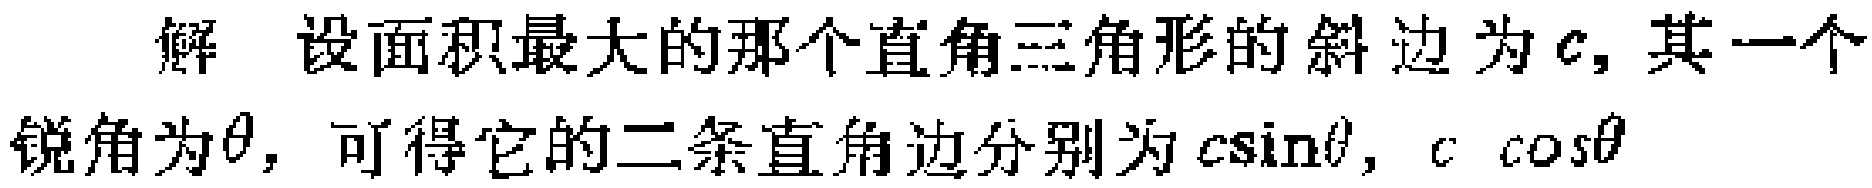
解 设面积最大的那个直角三角形的斜边为\(c\)，其一个锐角为\(\theta\)，可得它的二条直角边分别为\(c\sin\theta,\ c\cos\theta\)